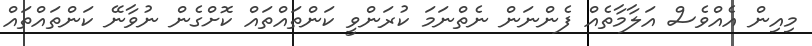
މިއިން އެއްވެސް އަލާމާތެއް ފެންނަން ނެތްނަމަ ކުރަންވީ ކަންތައްތައް ކޮށްގެން ނުވާނޭ ކަންތައްތައް